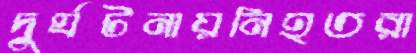
দুর্ঘটনায়নিহতরা